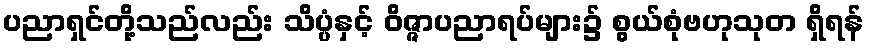
ပညာရှင်တို့သည်လည်း သိပ္ပံနှင့် ဝိဇ္ဇာပညာရပ်များ၌ စွယ်စုံဗဟုသုတ ရှိရန်